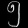
Digit: ၅